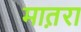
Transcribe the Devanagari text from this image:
मात़रा